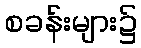
စခန်းများ၌